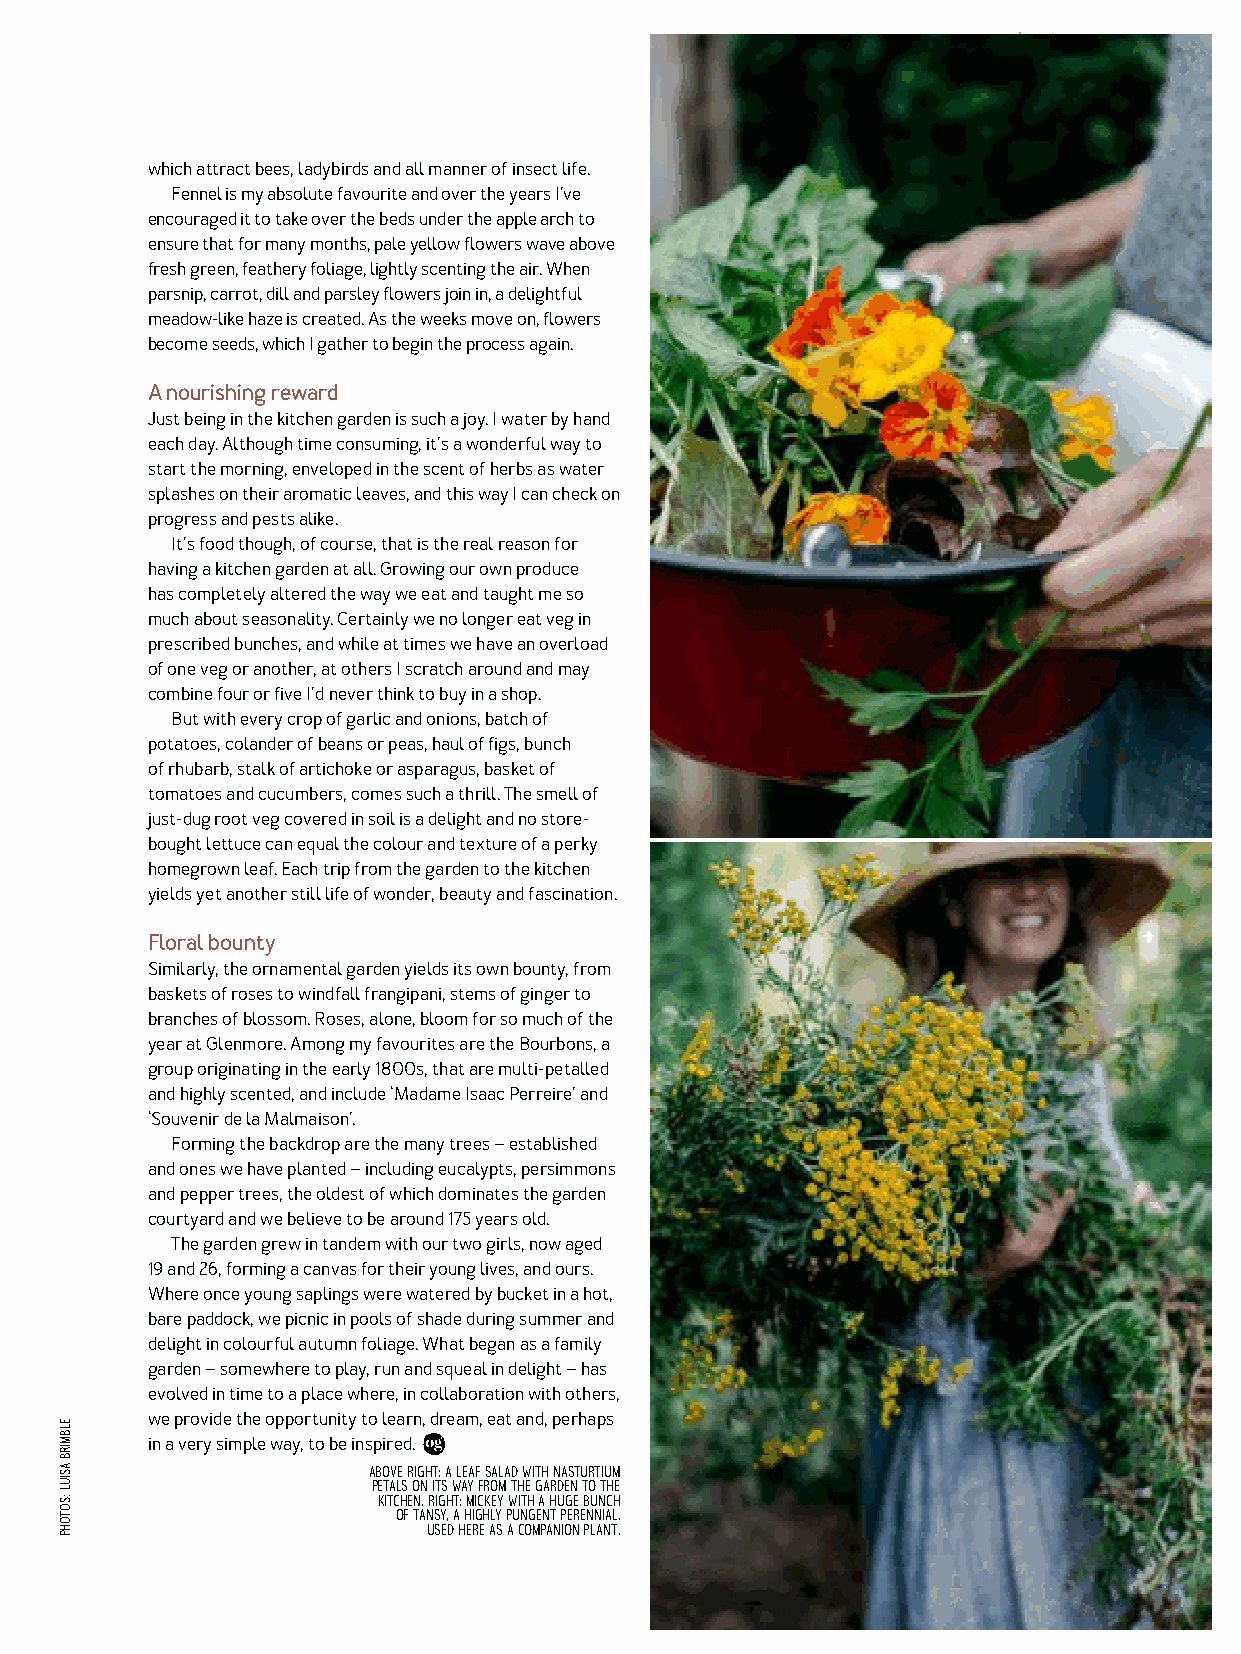
ORGANIC PROFILE
 which attract bees, ladybirds and all manner of insect life.
 Fennel is my absolute favourite and over the years I’ve
 encouraged it to take over the beds under the apple arch to
 ensure that for many months, pale yellow flowers wave above
 fresh green, feathery foliage, lightly scenting the air. When
 parsnip, carrot, dill and parsley flowers join in, a delightful
 meadow-like haze is created. As the weeks move on, flowers
 become seeds, which I gather to begin the process again.
 A nourishing reward
 Just being in the kitchen garden is such a joy. I water by hand
 each day. Although time consuming, it’s a wonderful way to
 start the morning, enveloped in the scent of herbs as water
 splashes on their aromatic leaves, and this way I can check on
 progress and pests alike.
 It’s food though, of course, that is the real reason for
 having a kitchen garden at all. Growing our own produce
 has completely altered the way we eat and taught me so
 much about seasonality. Certainly we no longer eat veg in
 prescribed bunches, and while at times we have an overload
 of one veg or another, at others I scratch around and may
 combine four or five I’d never think to buy in a shop.
 But with every crop of garlic and onions, batch of
 potatoes, colander of beans or peas, haul of figs, bunch
 of rhubarb, stalk of artichoke or asparagus, basket of
 tomatoes and cucumbers, comes such a thrill. The smell of
 just-dug root veg covered in soil is a delight and no store-        45
 bought lettuce can equal the colour and texture of a perky
 homegrown leaf. Each trip from the garden to the kitchen
 yields yet another still life of wonder, beauty and fascination.
 Floral bounty
 Similarly, the ornamental garden yields its own bounty, from
 baskets of roses to windfall frangipani, stems of ginger to
 branches of blossom. Roses, alone, bloom for so much of the
 year at Glenmore. Among my favourites are the Bourbons, a
 group originating in the early 1800s, that are multi-petalled
 and highly scented, and include ‘Madame Isaac Perreire’ and
 ‘Souvenir de la Malmaison’.
 Forming the backdrop are the many trees – established
 and ones we have planted – including eucalypts, persimmons
 and pepper trees, the oldest of which dominates the garden
 courtyard and we believe to be around 175 years old.
 The garden grew in tandem with our two girls, now aged
 19 and 26, forming a canvas for their young lives, and ours.
 Where once young saplings were watered by bucket in a hot,
 bare paddock, we picnic in pools of shade during summer and
 delight in colourful autumn foliage. What began as a family
 garden – somewhere to play, run and squeal in delight – has
 evolved in time to a place where, in collaboration with others,
 we provide the opportunity to learn, dream, eat and, perhaps
 in a very simple way, to be inspired.
 above RIGHT: A leaf salad WITH nasturtium
 petals on its way from the garden to the
 kitchen. RIGHT: Mickey with a huge bunch
 of Tansy, a highly pungent perennial.
 Used here as a companion plant.
 ELBMIRB
 ASIUL
 :SOTOHP